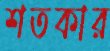
শতকার